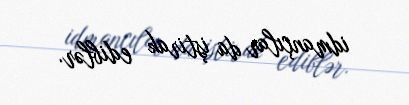
idmançılar da iştirak ediblər.